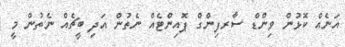
އަނެއް ކޮޅުން ވިންޑް ސާރފިންގް ޕޮއިންޓެއް ނެތުން އަދި ބީޗެއް ނެތުން މީ